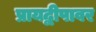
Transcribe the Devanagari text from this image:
प्रायद्वीपावर